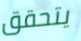
يتحقق